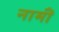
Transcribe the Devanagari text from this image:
नामॊं